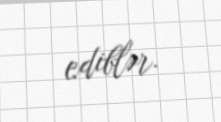
ediblər.